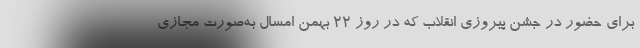
برای حضور در جشن پیروزی انقلاب که در روز ۲۲ بهمن امسال به‌صورت مجازی